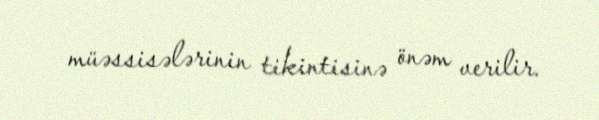
müəssisələrinin tikintisinə önəm verilir.